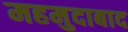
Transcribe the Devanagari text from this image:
महमुदाबाद